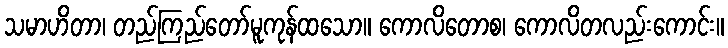
သမာဟိတာ၊ တည်ကြည်တော်မူကုန်ထသော။ ကောလိတောစ၊ ကောလိတလည်းကောင်း။